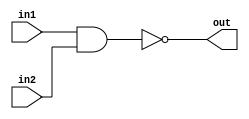
// This program was cloned from: https://github.com/VerticalResearchGroup/miaow
// License: BSD 3-Clause "New" or "Revised" License

module nand2 (in1,in2,out);
input in1,in2;
output out;
assign out = ~(in1 & in2);
endmodule